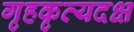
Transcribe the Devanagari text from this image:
गृहकृत्यदक्ष